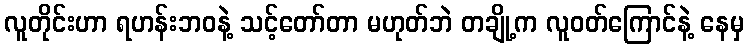
လူတိုင်းဟာ ရဟန်းဘဝနဲ့ သင့်တော်တာ မဟုတ်ဘဲ တချို့က လူဝတ်ကြောင်နဲ့ နေမှ